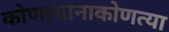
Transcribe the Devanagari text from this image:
कोणत्यानाकोणत्या